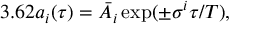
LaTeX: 3 . 6 2 { a _ { i } } ( \tau ) = \bar { A } _ { i } \exp ( \pm \sigma ^ { i } \tau / T ) ,